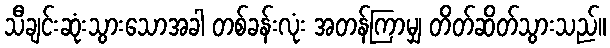
သီချင်းဆုံးသွားသောအခါ တစ်ခန်းလုံး အတန်ကြာမျှ တိတ်ဆိတ်သွားသည်။